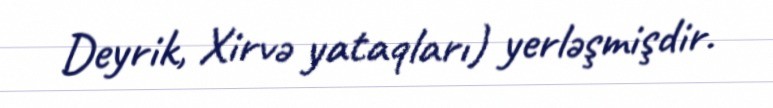
Deyrik, Xirvə yataqları) yerləşmişdir.